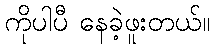
ကိုပါပီ နေခဲ့ဖူးတယ်။